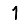
Digit: 1